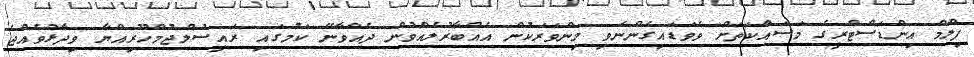
ފިލްމް އިންޑަސްޓްރީގެ މަސައްކަތަށް ވެވަޑައިގެންނެވި މިންވަރަކުން އެއްބާރުލެއްވުން ދެއްވާނޭ ކަމުގައި ރައީސުލްޖުމްހޫރިއްޔާ ވިދާޅުވެއްޖެ